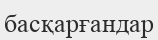
басқарғандар